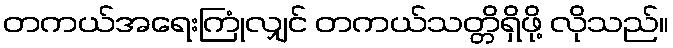
တကယ်အရေးကြုံလျှင် တကယ်သတ္တိရှိဖို့ လိုသည်။